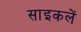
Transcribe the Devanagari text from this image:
साइकलें